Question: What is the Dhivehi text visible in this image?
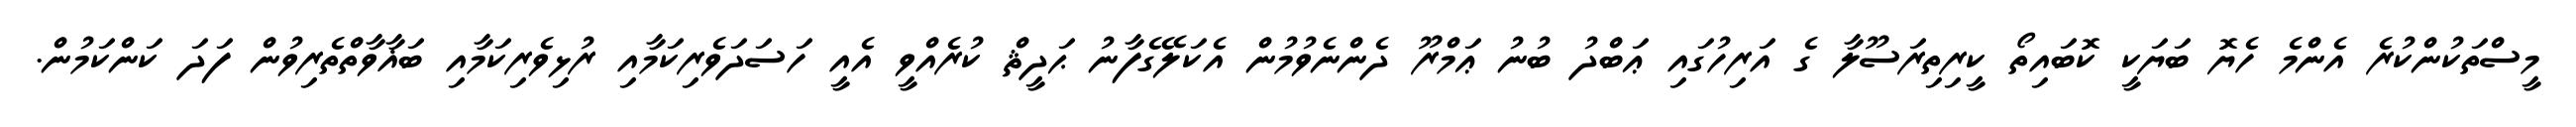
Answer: މީސްތަކުންކުރެ އެންމެ ހެޔޮ ބަޔަކީ ކޮބައިތޯ ކީރިތިރަސޫލާ ގެ އަރިހުގައި ޢަބްދު ބުނު ޢަމްރޫ ދެންނެވުމުން އެކަލޭގެފާނު ޙަދީޘް ކުރެއްވީ އެއީ ހަސަދަވެރިކަމާއި ރުޅިވެރިކަމާއި ބަޣާވާތްތެރިވުން ފަދަ ކަންކަމުން.